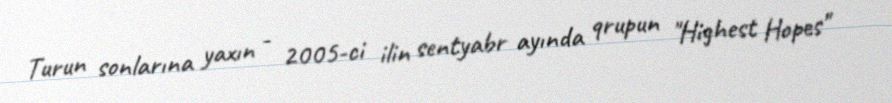
Turun sonlarına yaxın - 2005-ci ilin sentyabr ayında qrupun "Highest Hopes"